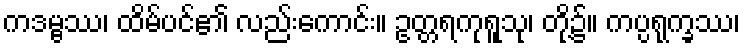
ကဒမ္ဗဿ၊ ထိမ်ပင်၏ လည်းကောင်း။ ဥတ္တရကုရူသု၊ တို့၌။ ကပ္ပရုက္ခဿ၊